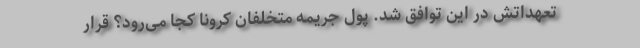
تعهداتش در این توافق شد. پول جریمه متخلفان کرونا کجا می‌رود؟ قرار